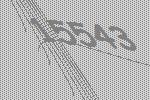
15543